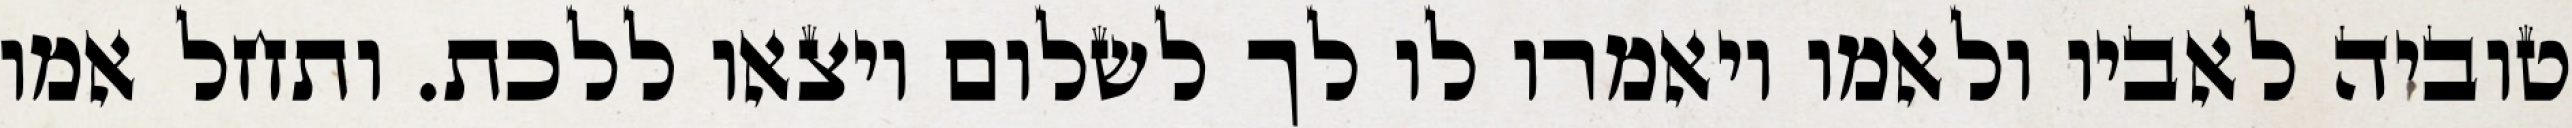
טוביה לאביו ולאמו ויאמרו לו לך לשלום ויצאו ללכת. ותחל אמו